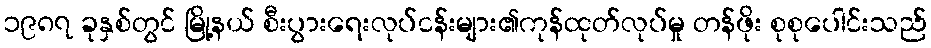
၁၉၈၇ ခုနှစ်တွင် မြို့နယ် စီးပွားရေးလုပ်ငန်းများ၏ကုန်ထုတ်လုပ်မှု တန်ဖိုး စုစုပေါင်းသည်